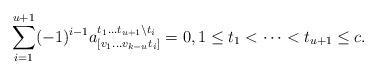
LaTeX: \begin{align*}\sum_{i=1}^{u+1}(-1)^{i-1}a_{[v_1\dots v_{k-u}t_i]}^{t_1\dots t_{u+1}\setminus t_i}=0,1 \leq t_1 < \cdots < t_{u+1} \leq c.\end{align*}